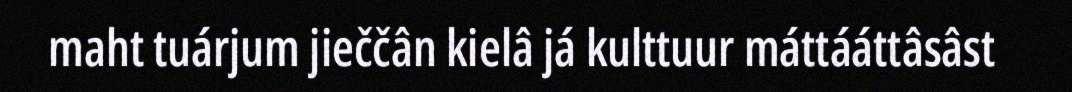
maht tuárjum jieččân kielâ já kulttuur máttááttâsâst